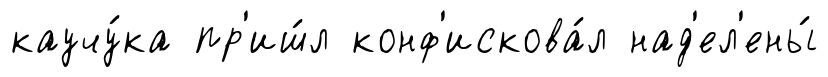
каучу́ка пр'иш́л конф'искова́л над'ел'ены́